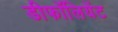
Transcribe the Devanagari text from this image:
डीफॉलियेंट